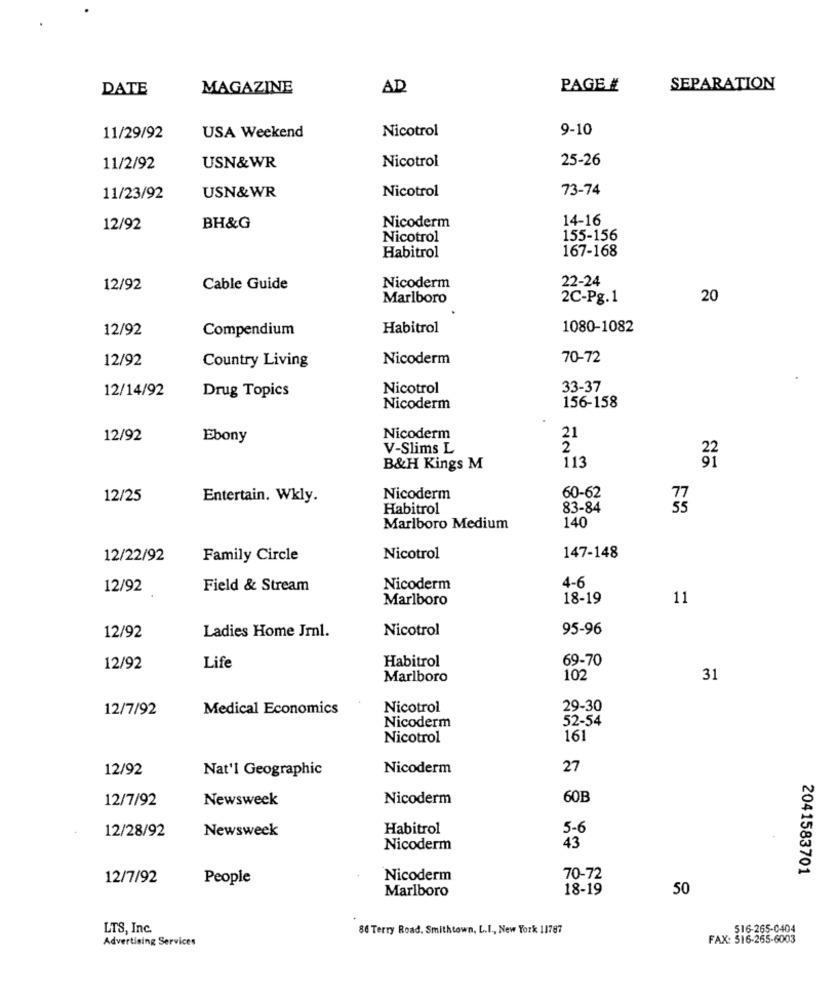
DATE
MAGAZINE
AD
PAGE #
SEPARATION
Nicotrol
9-10
11/29/92
USA Weekend
Nicotrol
25-26
11/2/92
USN&WR
Nicotrol
73-74
11/23/92
USN&WR
Nicoderm
14-16
12/92
BH&G
Nicotrol
155-156
Habitrol
167-168
22-24
12/92
Cable Guide
Nicoderm
Marlboro
2C-Pg.1
20
12/92
Compendium
Habitrol
1080-1082
12/92
Country Living
Nicoderm
70-72
12/14/92
Drug Topics
Nicotrol
33-37
156-158
Nicoderm
12/92
Ebony
Nicoderm
21
V-Slims L
2
113
B&H Kings M
60-62
12/25
Entertain. Wkly.
Nicoderm
Habitrol
83-84
35
140
Marlboro Medium
147-148
12/22/92
Family Circle
Nicotrol
4-6
12/92
Field & Stream
Nicoderm
Marlboro
18-19
11
12/92
Nicotrol
95-96
Ladies Home Jrl.
Habitrol
69-70
12/92
Life
Marlboro
102
31
12/7/92
Medical Economics
Nicotrol
29-30
Nicoderm
52-54
Nicotrol
161
12/92
Nat'l Geographic
Nicoderm
27
12/7/92
Newsweek
Nicoderm
60E
Newsweek
Habitrol
5-6
12/28/92
43
Nicoderm
2041583701
12/7/92
People
Nicoderm
70-72
Marlboro
18-19
50
LTS, Inc.
86 Terry Road. Smithtown, L.I ., New York 11787
516-265-0404
Advertising Services
FAX: 516-265-6003